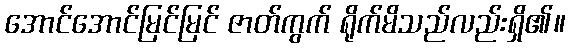
အောင်အောင်မြင်မြင် ဇာတ်ကွက် ရိုက်မိသည်လည်းရှိ၏။